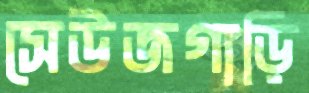
সেউজগাড়ি